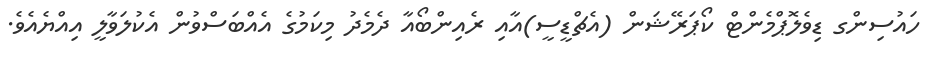
ހައުސިންގ ޑިވެލޮޕްމެންޓް ކޯޕަރޭޝަން (އެޗްޑީސީ)އާއި ރެއިންބޯއާ ދެމެދު މިކަމުގެ އެއްބަސްވުން އެކުލަވާލީ އިއްޔެއެވެ.